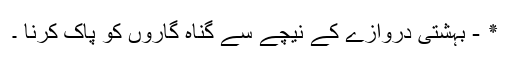
٭ - بہشتی دروازے کے نیچے سے گناہ گاروں کو پاک کرنا ۔